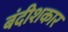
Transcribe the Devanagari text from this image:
बंदीशकार